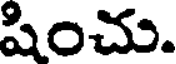
షించు.